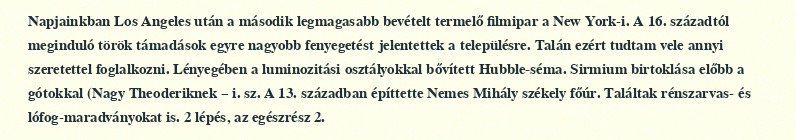
Napjainkban Los Angeles után a második legmagasabb bevételt termelő filmipar a New York-i. A 16. századtól meginduló török támadások egyre nagyobb fenyegetést jelentettek a településre. Talán ezért tudtam vele annyi szeretettel foglalkozni. Lényegében a luminozitási osztályokkal bővített Hubble-séma. Sirmium birtoklása előbb a gótokkal (Nagy Theoderiknek – i. sz. A 13. században építtette Nemes Mihály székely főúr. Találtak rénszarvas- és lófog-maradványokat is. 2 lépés, az egészrész 2.